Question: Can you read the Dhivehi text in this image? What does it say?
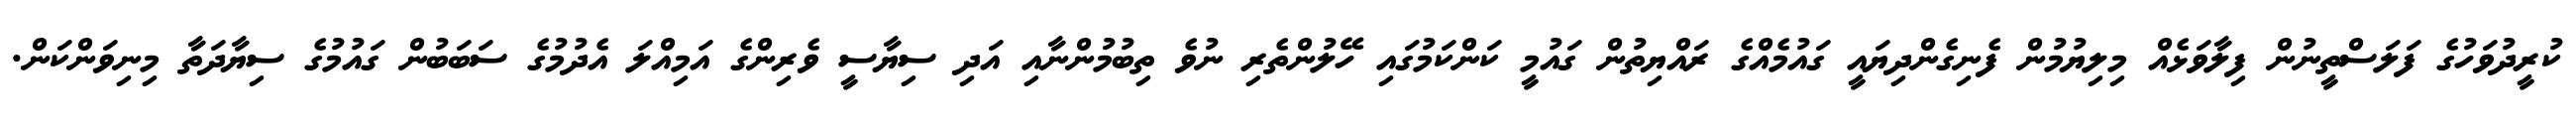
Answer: ކުރީދުވަހުގެ ފަލަސްތީނުން ފިލާވަޅެއް މިލިޔުމުން ފެނިގެންދިޔައީ ގައުމެއްގެ ރައްޔިތުން ގައުމީ ކަންކަމުގައި ހޭލުންތެރި ނުވެ ތިބުމުންނާއި އަދި ސިޔާސީ ވެރިންގެ އަމިއްލަ އެދުމުގެ ސަބަބުން ގައުމުގެ ސިޔާދަތާ މިނިވަންކަން.